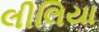
લીલિયા